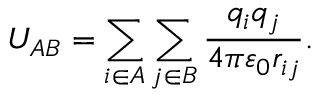
U _ { A B } = \sum _ { i \in A } \sum _ { j \in B } { \frac { q _ { i } q _ { j } } { 4 \pi \varepsilon _ { 0 } r _ { i j } } } .